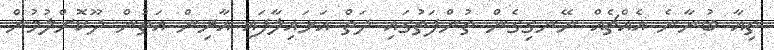
ތިއާ ބުނާނެ އެއްޗެއް ނޭނގިގެން ތުންފަތުގައި ދަތް އަޅައިލާފައި އާރިން އަތުން ދޫކޮށްލުމުން